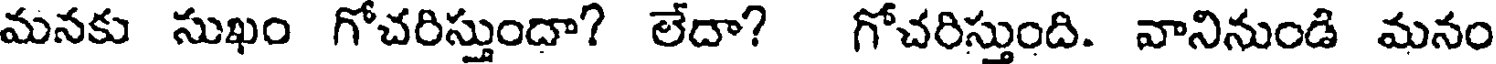
మనకు సుఖం గోచరిస్తుందా? లేదా? గోచరిస్తుంది. వానినుండి మనం